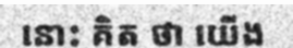
នោះ គិត ថា យើង